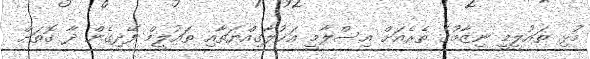
މުޅި ތައުލީމީ ނިޒާމުގެ ތެރެއަށް އިސްލާމީ އަޚުލާގިއްޔަތާއި ތައުލީމް ފޭދިގެން ދާ ގޮތަށް